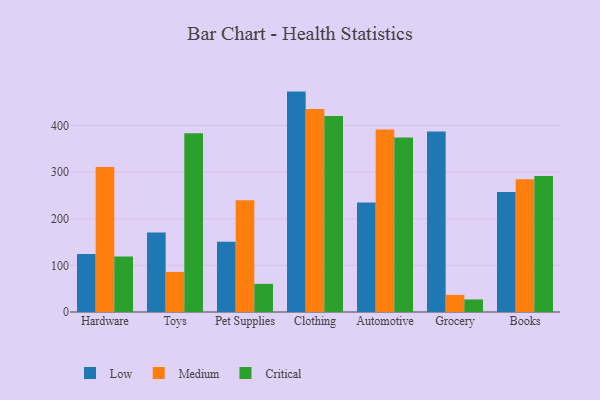
{"axis": {"x": "Category", "y": "Waste Production (Tons)"}, "legend": ["Critical", "Low", "Medium"], "data": [{"x": "Hardware", "y": 124.2, "type": "Low"}, {"x": "Hardware", "y": 310.8, "type": "Medium"}, {"x": "Hardware", "y": 119.1, "type": "Critical"}, {"x": "Toys", "y": 170.4, "type": "Low"}, {"x": "Toys", "y": 86.0, "type": "Medium"}, {"x": "Toys", "y": 383.6, "type": "Critical"}, {"x": "Pet Supplies", "y": 150.8, "type": "Low"}, {"x": "Pet Supplies", "y": 239.8, "type": "Medium"}, {"x": "Pet Supplies", "y": 60.4, "type": "Critical"}, {"x": "Clothing", "y": 472.7, "type": "Low"}, {"x": "Clothing", "y": 435.4, "type": "Medium"}, {"x": "Clothing", "y": 420.3, "type": "Critical"}, {"x": "Automotive", "y": 234.8, "type": "Low"}, {"x": "Automotive", "y": 391.3, "type": "Medium"}, {"x": "Automotive", "y": 374.4, "type": "Critical"}, {"x": "Grocery", "y": 386.9, "type": "Low"}, {"x": "Grocery", "y": 36.7, "type": "Medium"}, {"x": "Grocery", "y": 26.9, "type": "Critical"}, {"x": "Books", "y": 257.2, "type": "Low"}, {"x": "Books", "y": 284.7, "type": "Medium"}, {"x": "Books", "y": 291.7, "type": "Critical"}]}